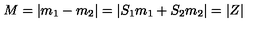
M = | m _ { 1 } - m _ { 2 } | = | S _ { 1 } m _ { 1 } + S _ { 2 } m _ { 2 } | = | Z |